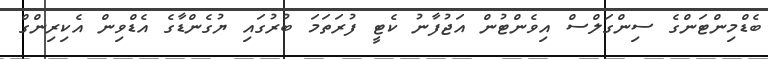
ބެޑްމިންޓަންގެ ސިންގަލްސް އިވެންޓުން އަޖުފާނު ކެޓީ ފުރަތަމަ ބުރުގައި ޔުގެންޑާގެ އެޑްވިން އެކިރިންގް